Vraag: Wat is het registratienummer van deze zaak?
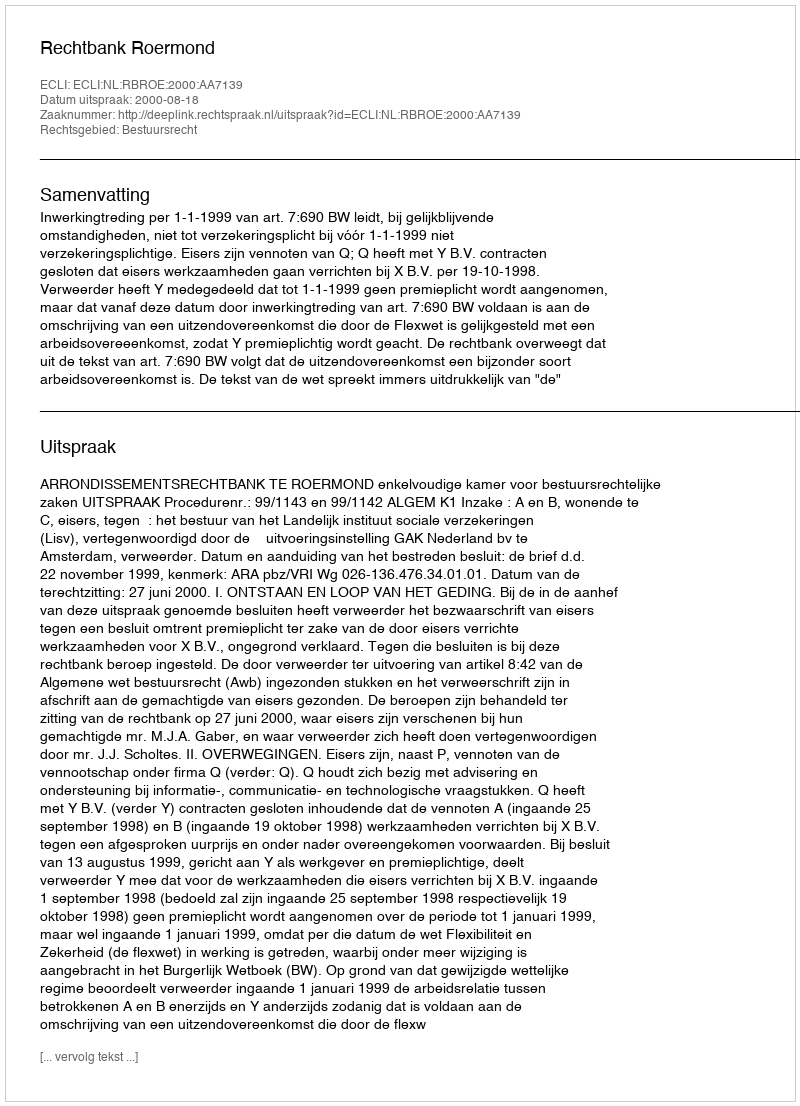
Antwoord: http://deeplink.rechtspraak.nl/uitspraak?id=ECLI:NL:RBROE:2000:AA7139